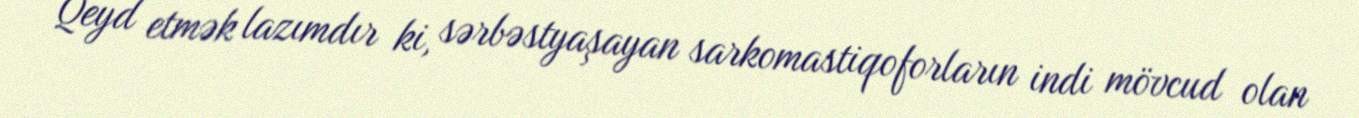
Qeyd etmək lazımdır ki, sərbəstyaşayan sarkomastiqoforların indi mövcud olan